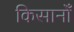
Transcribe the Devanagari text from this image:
किसानोँ